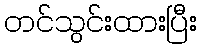
တင်သွင်းထားပြီး